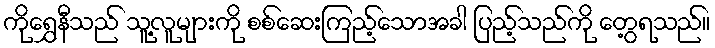
ကိုရွှေနီသည် သူ့လူများကို စစ်ဆေးကြည့်သောအခါ ပြည့်သည်ကို တွေ့ရသည်။